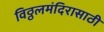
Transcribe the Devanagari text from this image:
विठ्ठलमंदिरासाठी